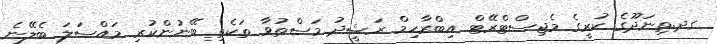
ގދ.ތިނަދޫގެ ކުރީގެ މެޖިސްޓްރޭޓް އިބްރާހިމް ރަޝީދު މަސްތުވާ ތަކެތި ބޭނުންކުރި މައްސަލަ ބެލޭނެ